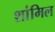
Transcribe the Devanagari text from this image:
शांमिल